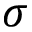
\sigma